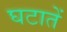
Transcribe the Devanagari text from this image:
घटातें